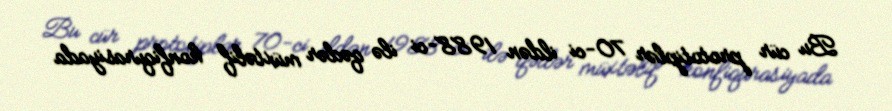
Bu cür prototiplər 70-ci ildən 1988-ci ilə qədər müxtəlif konfiqurasiyada